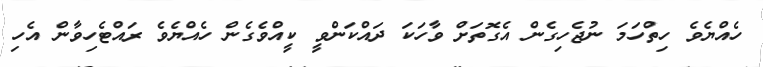
ހެއްޔެވެ ހިތްހަމަ ނުޖެހިގެން އެގޮތަށް ވާހަކަ ދައްކަންވީ ކީއްވެގެން ހެއްޔެވެ ރައްޓެހިވާން އެހި